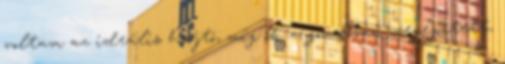
voltam az ideális hajtó, míg ők a gondosan megépített,